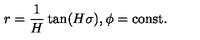
r = \frac { 1 } { H } \tan ( H \sigma ) , \phi = \mathrm { c o n s t . }